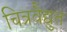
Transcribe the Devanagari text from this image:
चित्रवैद्युत